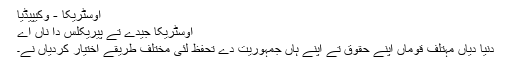
اوسٹریکا - وکیپیڈیا
اوسٹریکا جیدے تے پیریکلس دا ناں اے
دنیا دیاں مہتلف قوماں اپنے حقوق تے اپنے ہاں جمہوریت دے تحفظ لئی مختلف طریقے اختیار کردیاں نے۔